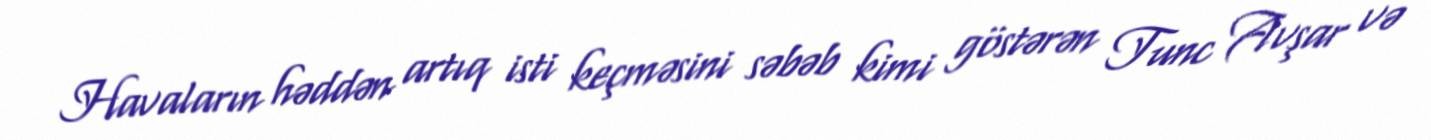
Havaların həddən artıq isti keçməsini səbəb kimi göstərən Tunc Avşar və